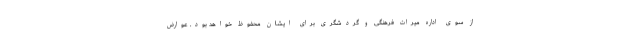
از سوی اداره میراث فرهنگی و گردشگری برای ایشان محفوظ خواهد بود. عوارض